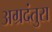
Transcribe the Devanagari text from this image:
अग्रदंतुरा